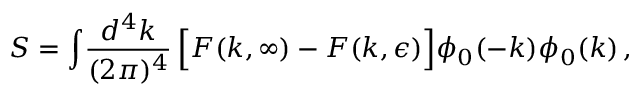
S = \int \! { \frac { d ^ { 4 } k } { ( 2 \pi ) ^ { 4 } } } \, \Bigl [ { \cal F } ( k , \infty ) - { \cal F } ( k , \epsilon ) \Bigr ] \phi _ { 0 } ( - k ) \phi _ { 0 } ( k ) \, ,